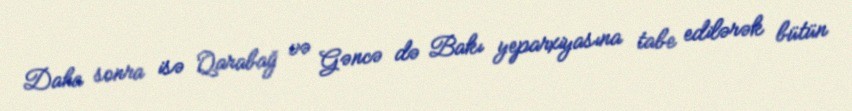
Daha sonra isə Qarabağ və Gəncə də Bakı yeparxiyasına tabe edilərək bütün